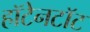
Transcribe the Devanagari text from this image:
हॉटेनटॉट